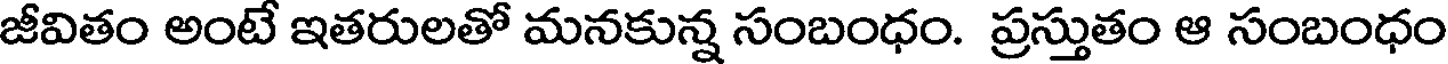
జీవితం అంటే ఇతరులతో మనకున్న సంబంధం. ప్రస్తుతం ఆ సంబంధం